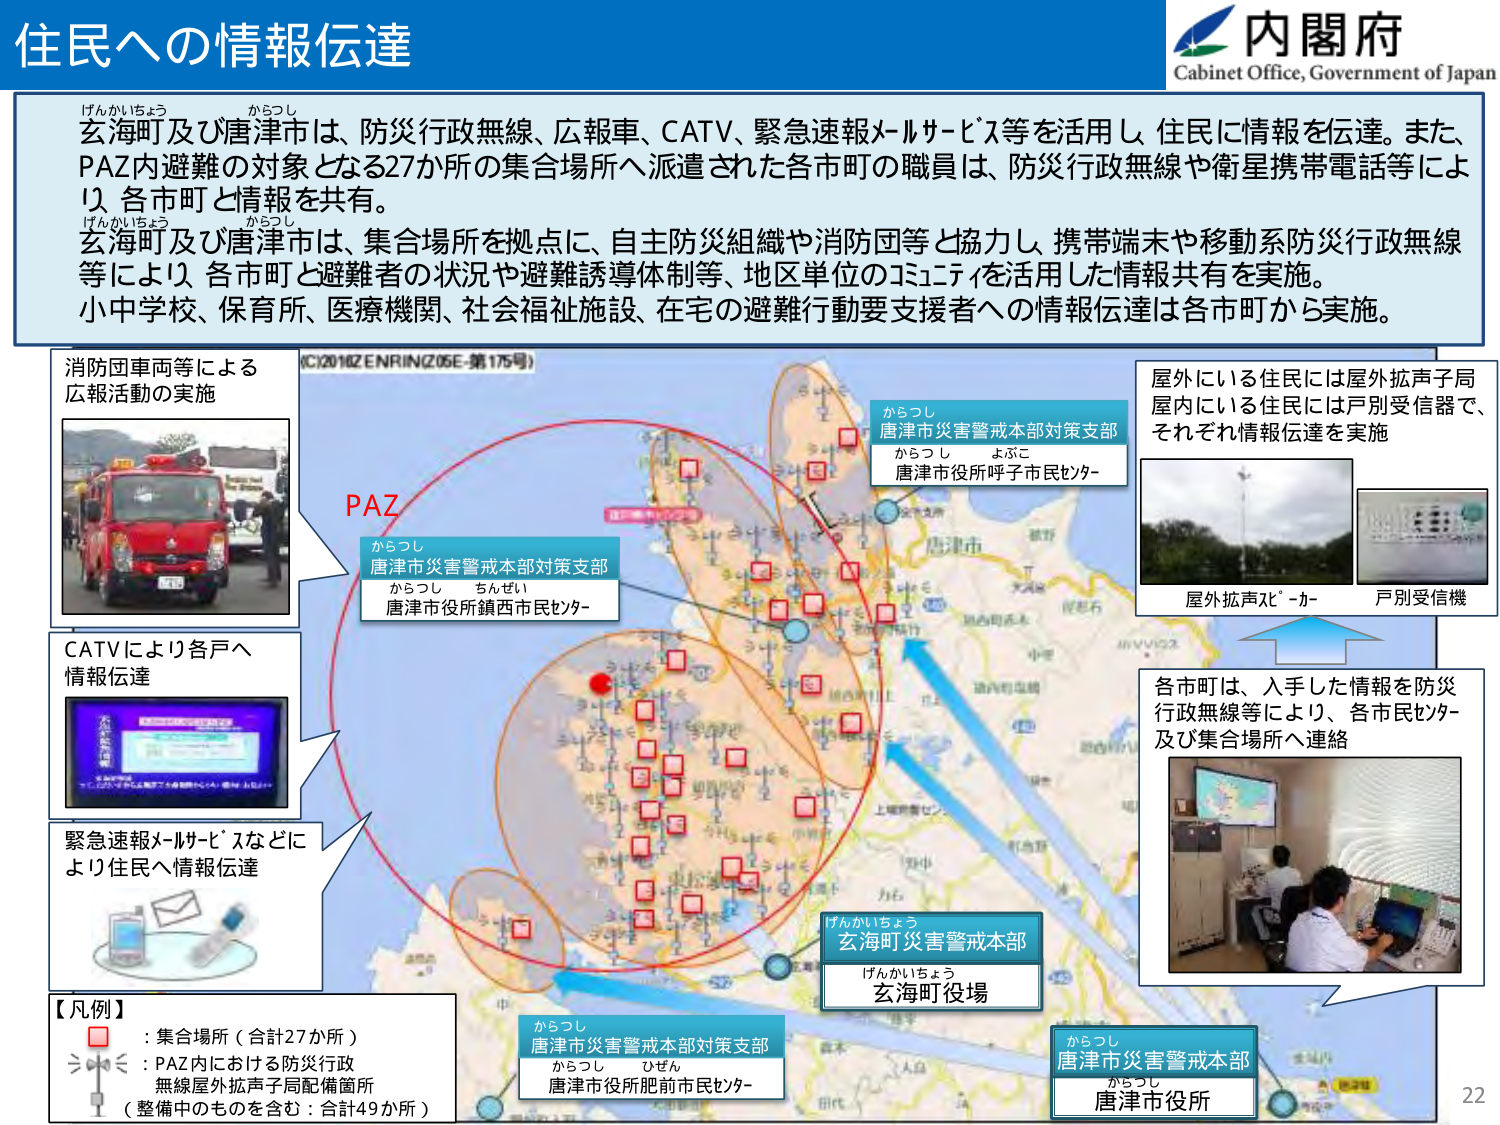
住民への情報伝達
内閣府
Cabinet Office, Government of Japan

げんかいちょう からつし
玄海町及び唐津市は、防災行政無線、広報車、CATV、緊急速報メールサービス等を活用し、住民に情報を伝達。また、
PAZ内避難の対象となる27か所の集合場所へ派遣された各市町の職員は、防災行政無線や衛星携帯電話等により、各市町と情報を共有。
げんかいちょう からつし
玄海町及び唐津市は、集合場所を拠点に、自主防災組織や消防団等と協力し、携帯端末や移動系防災行政無線等により、各市町と避難者の状況や避難誘導体制等、地区単位のコミュニティを活用した情報共有を実施。
小中学校、保育所、医療機関、社会福祉施設、在宅の避難行動要支援者への情報伝達は各市町から実施。

消防団車両等による
広報活動の実施
(C)2016Z ENRIN(Z05E-第175号)

PAZ
からつし
唐津市災害警戒本部対策支部
からつし よぶこ
唐津市役所呼子市民センター

屋外にいる住民には屋外拡声子局
屋内にいる住民には戸別受信器で、
それぞれ情報伝達を実施
屋外拡声スピーカー
戸別受信機

CATVにより各戸へ
情報伝達

緊急速報メールサービスなどに
より住民へ情報伝達

各市町は、入手した情報を防災
行政無線等により、各市民センター
及び集合場所へ連絡

【凡例】
□：集合場所（合計27か所）
：PAZ内における防災行政
無線屋外拡声子局配備箇所
（整備中のものを含む：合計49か所）

からつし
唐津市災害警戒本部対策支部
からつし ちんぜい
唐津市役所鎮西市民センター

げんかいちょう
玄海町災害警戒本部
げんかいちょう
玄海町役場

からつし
唐津市災害警戒本部対策支部
からつし ひぜん
唐津市役所肥前市民センター

からつし
唐津市災害警戒本部
からつし
唐津市役所

22